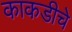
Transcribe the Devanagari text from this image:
काकडीचे